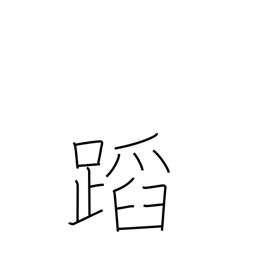
Meaning: appraise